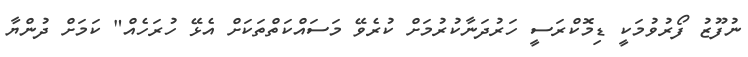
ނުފޫޒު ފޯރުވުމަކީ ޑިމޮކްރަސީ ހަރުދަނާކުރުމަށް ކުރެވޭ މަސައްކަތްތަކަށް އެޅޭ ހުރަހެއް" ކަމަށް ދުންޔާ